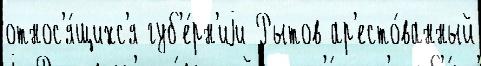
относ'я́щихс'я губ'е́рн'иjи Рытов ар'есто́ванный